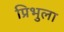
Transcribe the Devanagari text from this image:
प्रिभुला